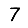
Digit: 7